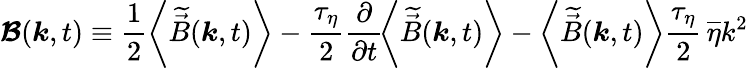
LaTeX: \boldsymbol{\mathcal{B}}(\boldsymbol{k},t)\equiv\frac{1}{2}\left<\widetilde{\vec{B}}(\boldsymbol{k},t)\right>-\frac{\tau_{\eta}}{2}\frac{\partial}{\partial t}\! \left<\widetilde{\vec{B}}(\boldsymbol{k},t)\right>-\left<\widetilde{\vec{B}}(\boldsymbol{k},t)\right>\frac{\tau_{\eta}}{2}\, \overline{{\eta}}k^{2}